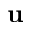
\mathbf { u }